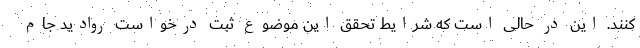
کنند. این در حالی است که شرایط تحقق این موضوع ثبت درخواست روادید جام